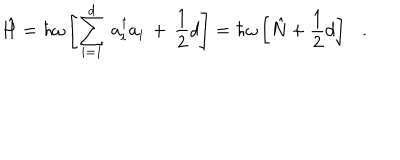
LaTeX: \hat { H } = \hbar \omega \left[ \sum _ { i = 1 } ^ { d } \, a _ { i } ^ { \dagger } a _ { i } \, + \, \frac { 1 } { 2 } d \right] = \hbar \omega \left[ \hat { N } + \frac { 1 } { 2 } d \right] \ \ \ .